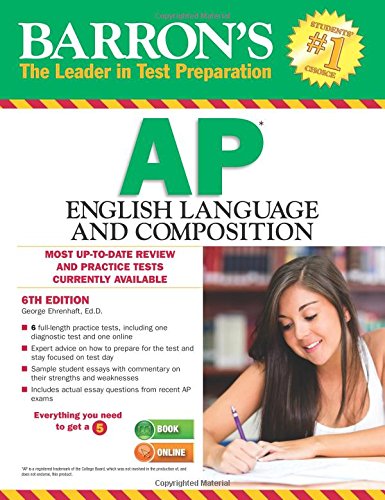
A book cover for Barron's AP English Language and Composition, 6th Edition; George Ehrenhaft Ed.D.; Test Preparation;